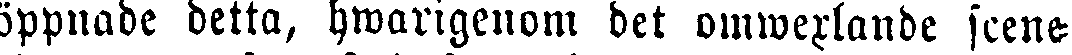
öppnade detta, hwarigenom det omwerlande scene-